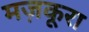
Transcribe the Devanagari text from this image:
मज़कूरा